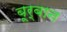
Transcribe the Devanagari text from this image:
बूर्बान